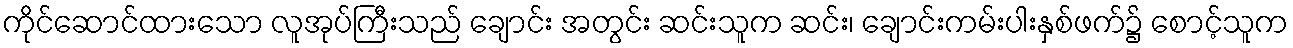
ကိုင်ဆောင်ထားသော လူအုပ်ကြီးသည် ချောင်း အတွင်း ဆင်းသူက ဆင်း၊ ချောင်းကမ်းပါးနှစ်ဖက်၌ စောင့်သူက